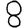
Digit: 8